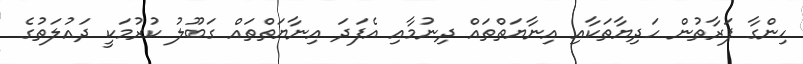
ހިންގާ ފަރާތުން ހަދިޔާތަކާއި އިނާޔަތްތައް ދިނުމާއި އެފަދަ އިނާޔަތްތައް ގަބޫލު ކުރުމަކީ ދައުލަތުގެ